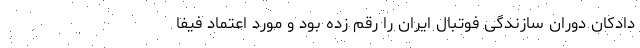
دادکان دوران سازندگی فوتبال ایران را رقم زده بود و مورد اعتماد فیفا